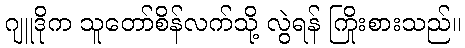
ဂျူဒိုက သူတော်စိန်လက်သို့ လွဲရန် ကြိုးစားသည်။